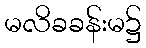
မလိခခန်းမ၌